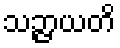
သဉ္ဇာယတိ